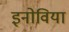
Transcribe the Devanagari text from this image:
इनोविया